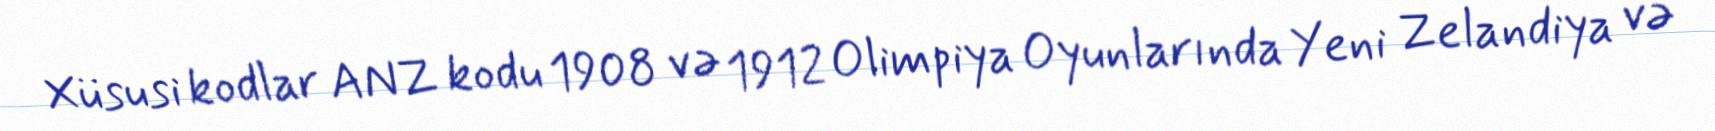
Xüsusi kodlar ANZ kodu 1908 və 1912 Olimpiya Oyunlarında Yeni Zelandiya və